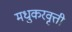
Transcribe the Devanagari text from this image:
मधुकरवृत्ती